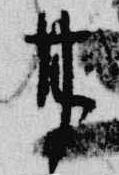
甘